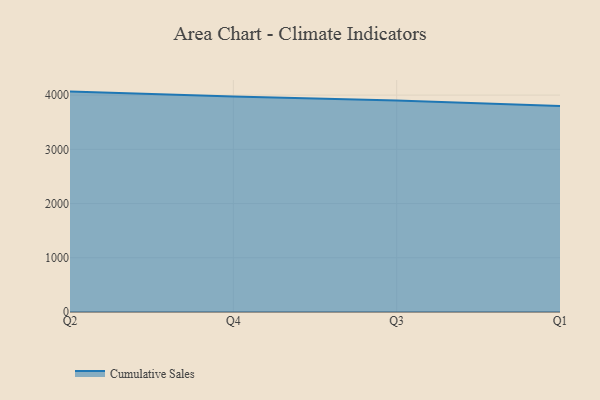
{"axis": {"x": "Quarter", "y": "Conversion Rate (%)"}, "legend": ["Cumulative Sales"], "data": [{"x": "Q2", "y": 4064.6, "type": "Cumulative Sales"}, {"x": "Q4", "y": 3972.7, "type": "Cumulative Sales"}, {"x": "Q3", "y": 3902.7, "type": "Cumulative Sales"}, {"x": "Q1", "y": 3797.2, "type": "Cumulative Sales"}]}